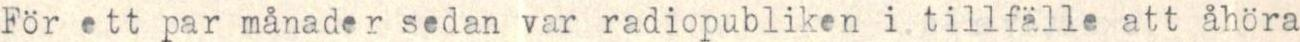
För ett par månader sedan var radiopubliken i tillfälle att åhöra